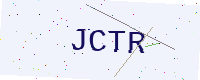
Text: JCTR